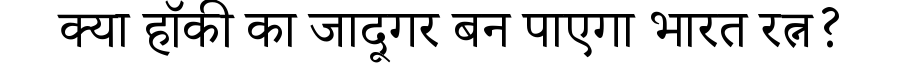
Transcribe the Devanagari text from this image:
क्या हॉकी का जादूगर बन पाएगा भारत रत्न?